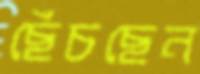
ছেঁচছেন